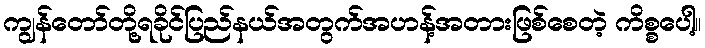
ကျွန်တော်တို့ရခိုင်ပြည်နယ်အတွက်အဟန့်အတားဖြစ်စေတဲ့ ကိစ္စပေါ့။